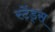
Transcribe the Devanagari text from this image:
स्टेंड्स